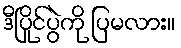
ဒီပြိုင်ပွဲကို ပြမလား။